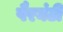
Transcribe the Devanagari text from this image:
पैरघंटी